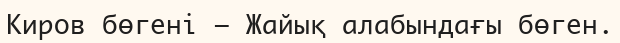
Киров бөгені — Жайық алабындағы бөген.